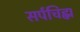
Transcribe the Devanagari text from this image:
सर्पचिह्म